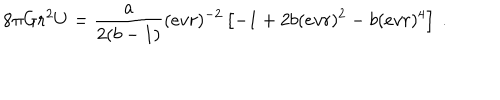
8 \pi G r ^ { 2 } U = { \frac { { a } } { 2 ( { { b } } - 1 ) } } ( e v r ) ^ { - 2 } \left[ - 1 + 2 { { b } } ( e v r ) ^ { 2 } - { { b } } ( e v r ) ^ { 4 } \right] \ .